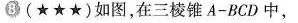
8(★★★)如图，在三棱锥A-BCD中，